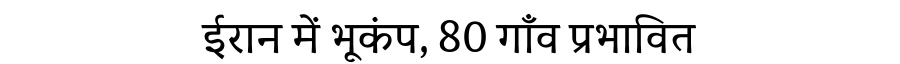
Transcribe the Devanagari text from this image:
ईरान में भूकंप, 80 गाँव प्रभावित